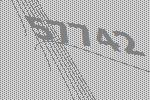
57742